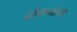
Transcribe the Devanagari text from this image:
ढोकनाम